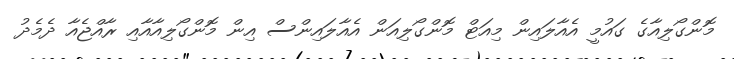
މޮންގޯލިއާގެ ގައުމީ އެއާލައިން މިއަޓް މޮންގޯލިއަން އެއާލައިންސް އިން މޮންގޯލިއާއާއި ރާއްޖެއާ ދެމެދު